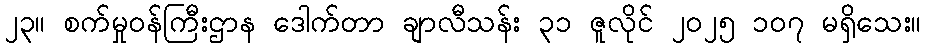
၂၃။ စက်မှုဝန်ကြီးဌာန ဒေါက်တာ ချာလီသန်း ၃၁ ဇူလိုင် ၂၀၂၅ ၁၀၇ မရှိသေး။